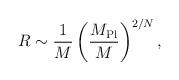
LaTeX: \begin{align*}R\sim{1\over M}\left(M_{\rm Pl}\over M\right)^{2/N},\end{align*}